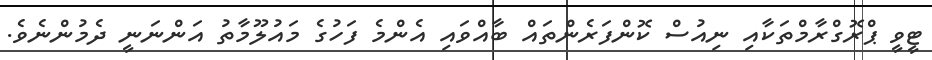
ޓީވީ ޕްރޮގްރާމްތަކާއި ނިއުސް ކޮންފަރެންތައް ބާއްވައި އެންމެ ފަހުގެ މައުލޫމާތު އަންނަނީ ދެމުންނެވެ.